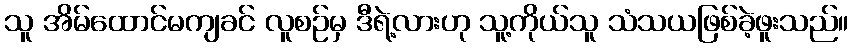
သူ အိမ်ထောင်မကျခင် လူစဉ်မှ ဒီရဲ့လားဟု သူ့ကိုယ်သူ သံသယဖြစ်ခဲ့ဖူးသည်။